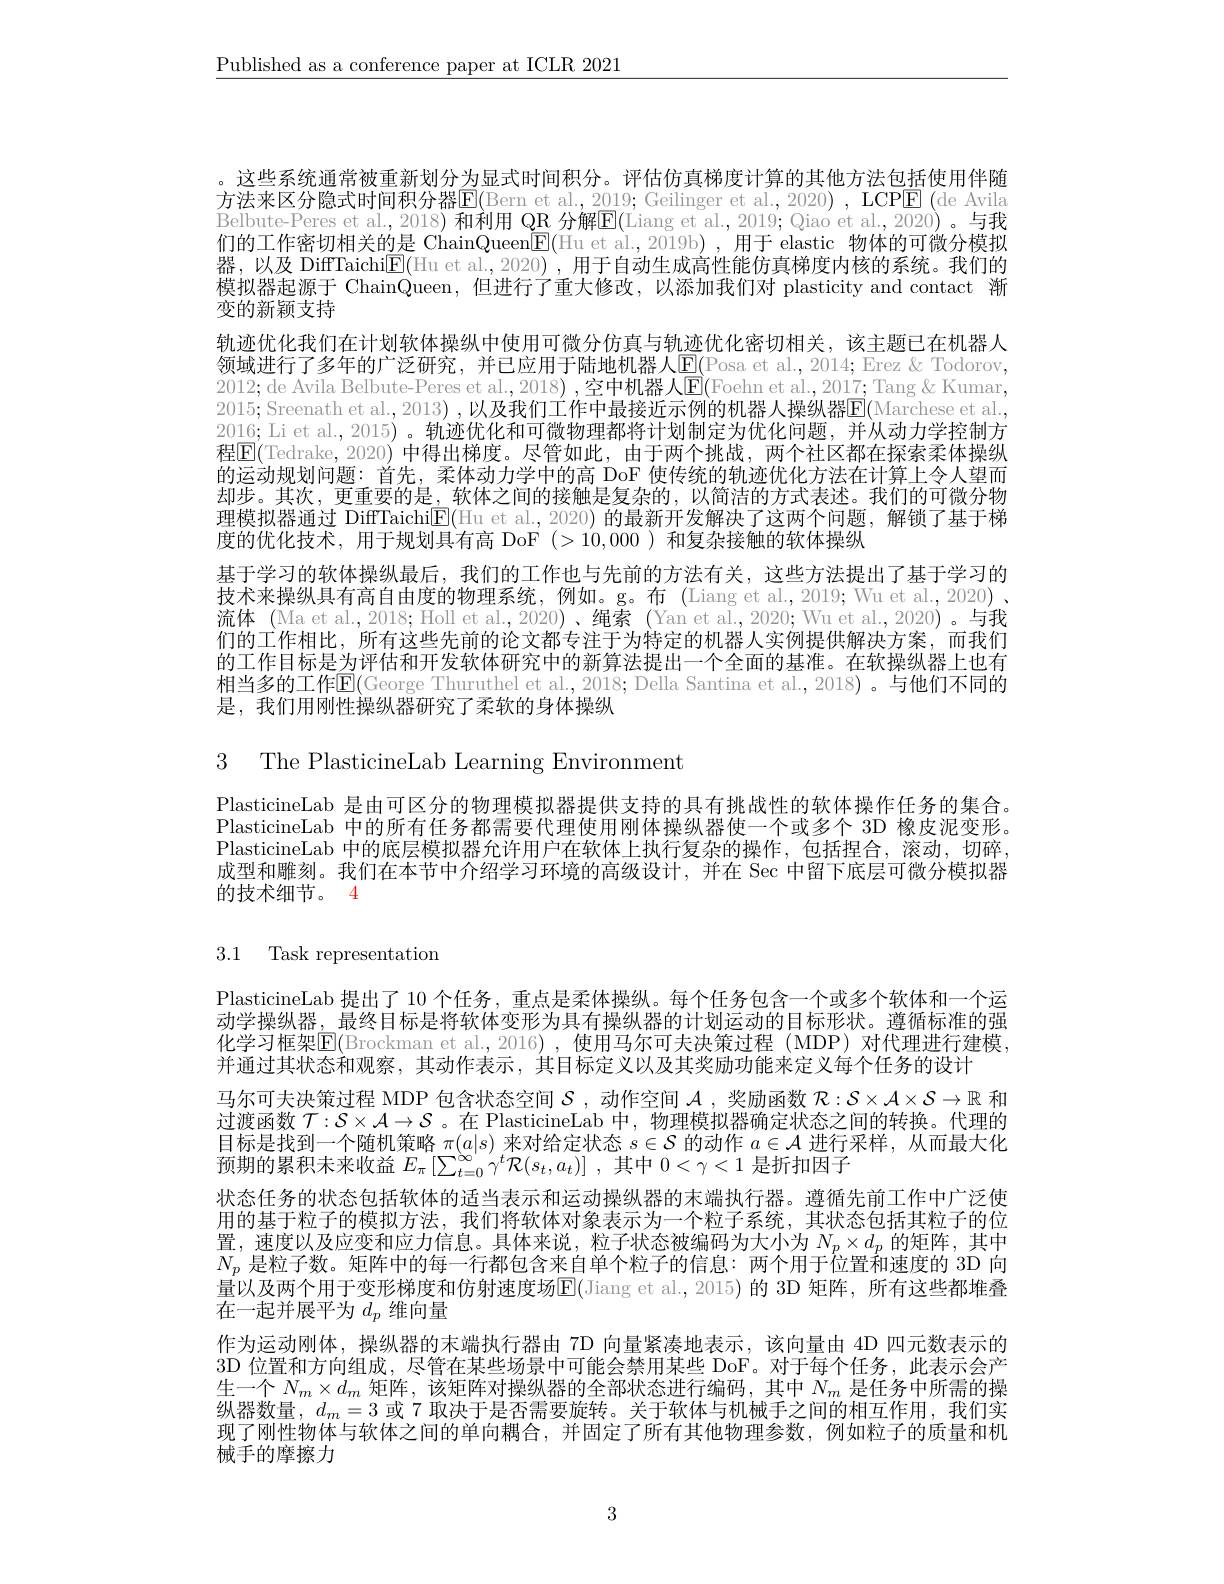
$\underline{\text{Published as a conference paper at ICLR 2021}}$

。这些系统通常被重新划分为显式时间积分。评估仿真梯度计算的其他方法包括使用伴随方法来区分隐式时间积分器E(Bern et al., 2019; Geilinger et al., 2020) , LCP$\overline E\left ( \mathrm{de~Avila}\right )$ Belbute-Peres et al., 2018) 和利用 QR 分解$\overline{\mathrm{E}}($Liang et al., 2019; Qiao et al., 2020) 。与我们的工作密切相关的是 ChainQueen$\underline{\mathrm{E}}($Hu et al.,2019b),用于 elastic 物体的可微分模拟器，以及 DiffTaichi$\mathbb{E}($Hu et al.,2020),用于自动生成高性能仿真梯度内核的系统。我们的模拟器起源于 ChainQueen,但进行了重大修改，以添加我们对 plasticity and contact 渐变的新颖支持
轨迹优化我们在计划软体操纵中使用可微分仿真与轨迹优化密切相关，该主题已在机器人领域进行了多年的广泛研究，并已应用于陆地机器人$\mathbb{E}($Posa et al., 2014; Erez & Todorov, 2012; de Avila Belbute-Peres et al.,2018) ,空中机器人$\overline{\mathrm{E}}($Foehn et al.,2017; Tang& Kumar, 2015;Sreenath et al., 2013) , 以及我们工作中最接近示例的机器人操纵器$\overline{\mathrm{E}}($Marchese et al., 2016; Li et al.,2015)。轨迹优化和可微物理都将计划制定为优化问题，并从动力学控制方程$\boxed{\mathrm{E}}($Tedrake,2020) 中得出梯度。尽管如此，由于两个挑战，两个社区都在探索柔体操纵的运动规划问题：首先，柔体动力学中的高 DoF 使传统的轨迹优化方法在计算上令人望而却步。其次，更重要的是，软体之间的接触是复杂的，以简洁的方式表述。我们的可微分物理模拟器通过 DiffTaichi$\mathbb{E}($Hu et al., 2020) 的最新开发解决了这两个问题，解锁了基于梯度的优化技术，用于规划具有高 DoF (>10,000)和复杂接触的软体操纵
基于学习的软体操纵最后，我们的工作也与先前的方法有关，这些方法提出了基于学习的技术来操纵具有高自由度的物理系统，例如。g。布 (Liang et al.,2019; Wu et al., 2020) 、 流体 (Ma et al., 2018; Holl et al., 2020)、绳索 (Yan et al., 2020; Wu et al., 2020)。与我们的工作相比，所有这些先前的论文都专注于为特定的机器人实例提供解决方案，而我们的工作目标是为评估和开发软体研究中的新算法提出一个全面的基准。在软操纵器上也有相当多的工作$\mathsf{E}($George Thuruthel et al., 2018; Della Santina et al., 2018)。与他们不同的是，我们用刚性操纵器研究了柔软的身体操纵

3 The PlasticineLab Learning Environment

PlasticineLab 是由可区分的物理模拟器提供支持的具有挑战性的软体操作任务的集合。PlasticineLab 中的所有任务都需要代理使用刚体操纵器使一个或多个 3D 橡皮泥变形。PlasticineLab 中的底层模拟器允许用户在软体上执行复杂的操作，包括捏合，滚动，切碎成型和雕刻。我们在本节中介绍学习环境的高级设计，并在 Sec 中留下底层可微分模拟器的技术细节。4

# 3.1 Task representation

PlasticineLab 提出了 10 个任务，重点是柔体操纵。每个任务包含一个或多个软体和一个运动学操纵器，最终目标是将软体变形为具有操纵器的计划运动的目标形状。遵循标准的强化学习框架$\mathsf{E}($Brockman et al.,2016) ,使用马尔可夫决策过程 (MDP) 对代理进行建模， 并通过其状态和观察，其动作表示，其目标定义以及其奖励功能来定义每个任务的设计
马尔可夫决策过程 MDP 包含状态空间$\mathcal{S}$ ,动作空间$\mathcal{A}$ ,奖励函数$\mathcal{R}:\mathcal{S}\times\mathcal{A}\times\mathcal{S}\to\mathbb{R}$和过渡函数$\mathcal{T}:\mathcal{S}\times\mathcal{A}\to\mathcal{S}$ 。在 PlasticineLab 中，物理模拟器确定状态之间的转换。代理的目标是找到一个随机策略$\pi(a|s)$来对给定状态$s\in\mathcal{S}$的动作$a\in\mathcal{A}$进行采样，从而最大化预期的累积未来收益$E_\pi\left[\sum_{t=0}^\infty\gamma^t\mathcal{R}(s_t,a_t)\right]$,其中$0<\gamma<1$是折扣因子
状态任务的状态包括软体的适当表示和运动操纵器的末端执行器。遵循先前工作中广泛使用的基于粒子的模拟方法，我们将软体对象表示为一个粒子系统，其状态包括其粒子的位置，速度以及应变和应力信息。具体来说，粒子状态被编码为大小为$N_p\times d_p$的矩阵，其中$N_p$是粒子数。矩阵中的每一行都包含来自单个粒子的信息：两个用于位置和速度的 3D 向量以及两个用于变形梯度和仿射速度场E(Jiang et al.,2015)的 3D 矩阵，所有这些都堆叠在一起并展平为$d_p$维向量
作为运动刚体，操纵器的末端执行器由 7D 向量紧凑地表示，该向量由 4D 四元数表示的3D 位置和方向组成，尽管在某些场景中可能会禁用某些 DoF。对于每个任务，此表示会产生一个$N_m\times d_m$矩阵，该矩阵对操纵器的全部状态进行编码，其中$N_m$是任务中所需的操纵器数量，$d_m=3$或 7 取决于是否需要旋转。关于软体与机械手之间的相互作用，我们实现了刚性物体与软体之间的单向耦合，并固定了所有其他物理参数，例如粒子的质量和机械手的摩擦力

3